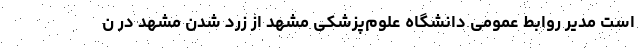
است مدیر روابط عمومی دانشگاه علوم‌پزشکی مشهد از زرد شدن مشهد در ن